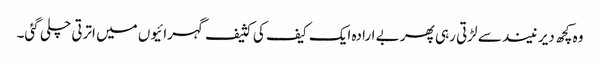
وہ کچھ دیر نیند سے لڑتی رہی پھر بے ارادہ ایک کیف کی کثیف گہرائیوں میں اترتی چلی گئی۔